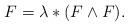
LaTeX: \begin{align*}F = \lambda *(F \wedge F).\end{align*}